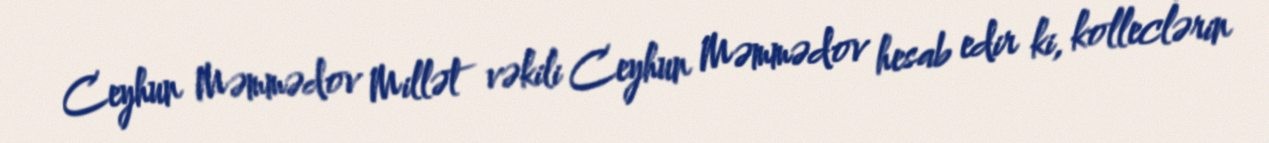
Ceyhun Məmmədov Millət vəkili Ceyhun Məmmədov hesab edir ki, kolleclərin